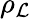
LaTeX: \rho_{\mathcal{L}}